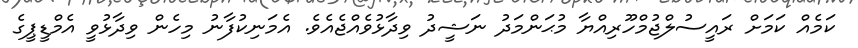
ކަމެއް ކަމަށް ރައީސުލްޖުމްހޫރިއްޔާ މުޙަންމަދު ނަޝީދު ވިދާޅުވެއްޖެއެވެ. އެމަނިކުފާނު މިހެން ވިދާޅުވީ އެމްޑީޕީގެ